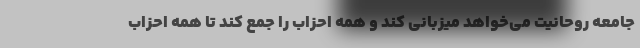
جامعه روحانیت می‌خواهد میزبانی کند و همه احزاب را جمع کند تا همه احزاب